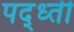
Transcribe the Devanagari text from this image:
पद्ध्ती